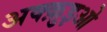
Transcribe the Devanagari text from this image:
अक्क़ुइओ